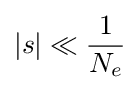
|s|\ll {\frac {1}{N_{e}}}